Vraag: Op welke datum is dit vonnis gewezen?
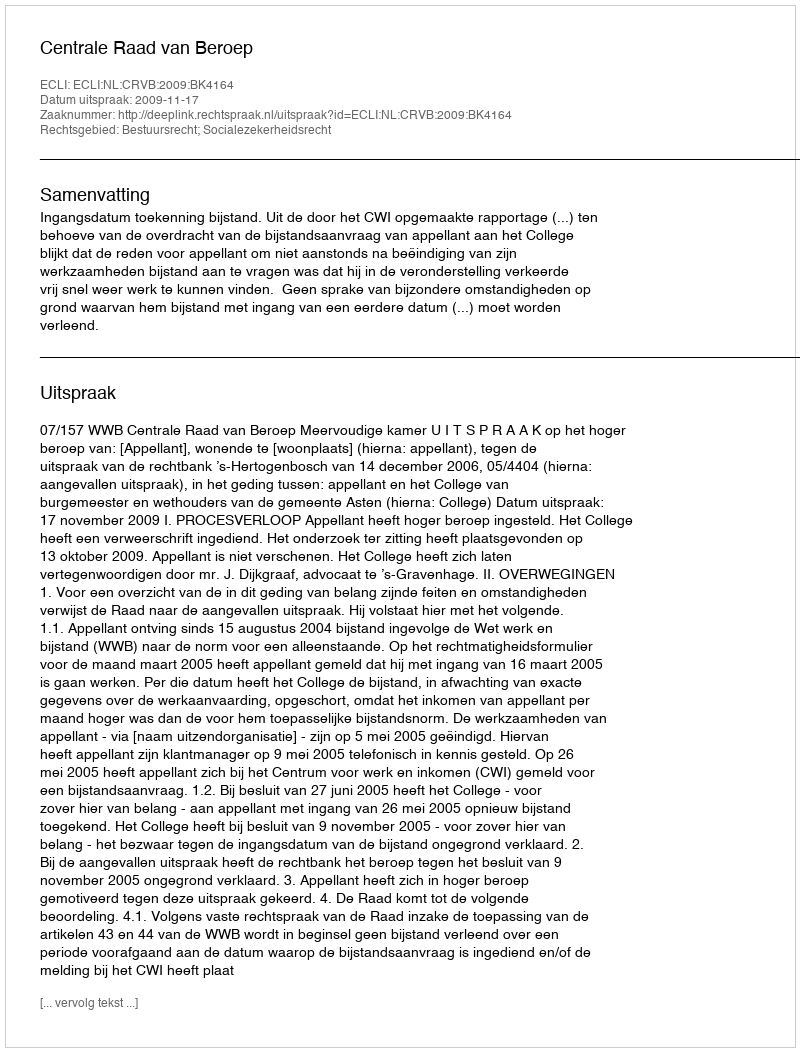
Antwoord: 2009-11-17